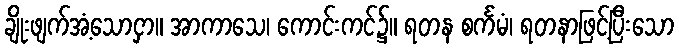
ချိုးဖျက်အံ့သောငှာ။ အာကာသေ၊ ကောင်းကင်၌။ ရတန စင်္ကမံ၊ ရတနာဖြင့်ပြီးသော